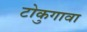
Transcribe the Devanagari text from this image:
टोकुगावा